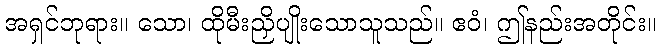
အရှင်ဘုရား။ သော၊ ထိုမီးညှိပျိုးသောသူသည်။ ဧဝံ၊ ဤနည်းအတိုင်း။